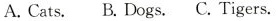
A. Cats. B. Dogs. C. Tigers.